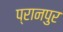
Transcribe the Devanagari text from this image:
प्रानपुर